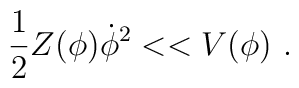
\frac{1}{2} Z (\phi) \dot{\phi}^2 << V(\phi) ~.